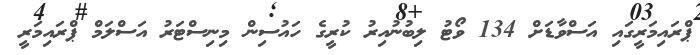
ޕްރައިމަރީގައި އަސްވާޑަށް 134 ވޯޓު ލިބުނުއިރު ކުރީގެ ހައުސިން މިނިސްޓަރު އަސްލަމް ޕްރައިމަރީ